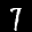
Label: 7